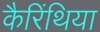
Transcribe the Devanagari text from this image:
कैरिंथिया